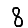
Digit: 8